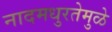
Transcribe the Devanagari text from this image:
नादमधुरतेमुळे